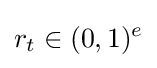
r_{t}\in (0,1)^{e}